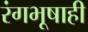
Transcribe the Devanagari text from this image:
रंगभूषाही